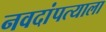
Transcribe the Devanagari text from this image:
नवदांपत्याला